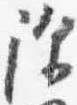
除